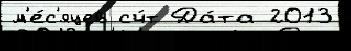
м'е́с'яцев сч́т Да́та 2013